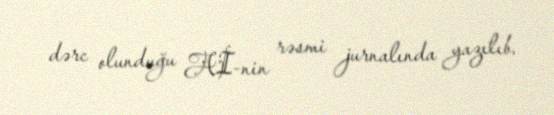
dərc olunduğu Aİ-nin rəsmi jurnalında yazılıb.